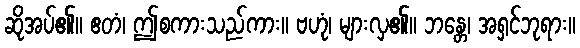
ဆိုအပ်၏။ ဧတံ၊ ဤစကားသည်ကား။ ဗဟုံ၊ များလှ၏။ ဘန္တေ၊ အရှင်ဘုရား။